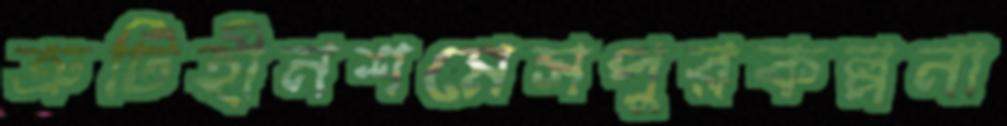
ত্রুটিহীনশমেসপুরকল্পনা